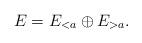
LaTeX: \begin{align*}E=E_{<a}\oplus E_{>a}.\end{align*}